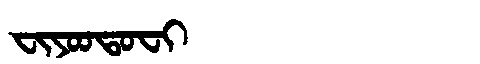
Manchu: ᠸᡳᠶᠣᠣᡨᠣᠸᡳ
Romanization: FIYOOTOFI